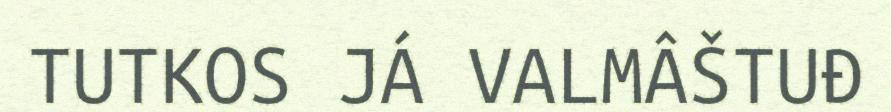
TUTKOS JÁ VALMÂŠTUĐ